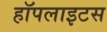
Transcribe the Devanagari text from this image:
हॉपलाइटस